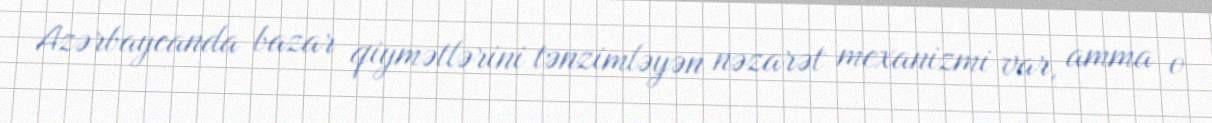
Azərbaycanda bazar qiymətlərini tənzimləyən nəzarət mexanizmi var, amma o